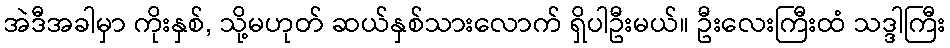
အဲဒီအခါမှာ ကိုးနှစ်, သို့မဟုတ် ဆယ်နှစ်သားလောက် ရှိပါဦးမယ်။ ဦးလေးကြီးထံ သဒ္ဒါကြီး